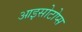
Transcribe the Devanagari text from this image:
आइसोटोप्स